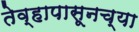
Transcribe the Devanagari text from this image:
तेव्हापासूनच्या